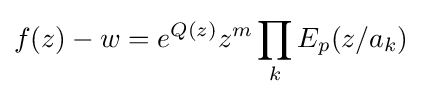
f(z)-w=e^{Q(z)}z^{m}\prod _{k}E_{p}(z/a_{k})